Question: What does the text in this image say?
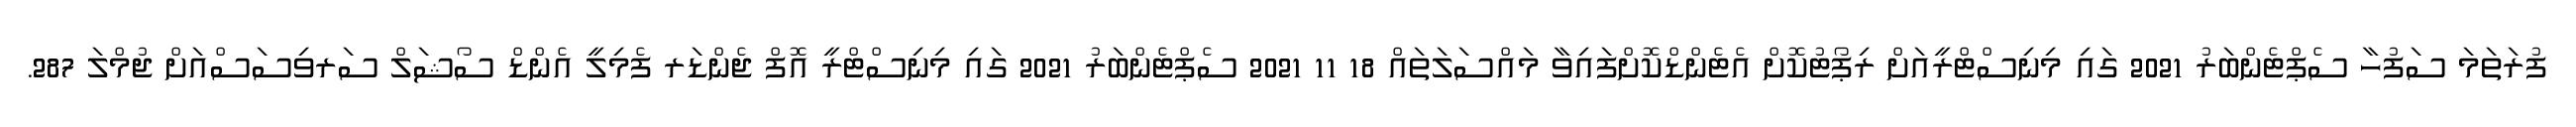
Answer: ފުރަތަމަ ސަފުހާ ސެޕްޓެންބަރު 2021 ގައި މިނިސްޓްރީއަށް ރިޕޯޓުކޮށް އެޓެންޑްކޮށްފައިވާ މައްސަލަތައް 18 11 2021 ސެޕްޓެންބަރު 2021 ގައި މިނިސްޓްރީ އޮފް ޖެންޑަރ ފެމިލީ އެންޑް ސޯޝަލް ސަރވިސަސްއަށް ޖުމްލަ 287.